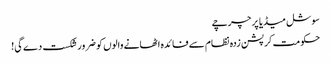
سوشل میڈیا پر چرچے
حکومت کرپشن زدہ نظام سے فائدہ اٹھانے والوں کو ضرور شکست دے گی!